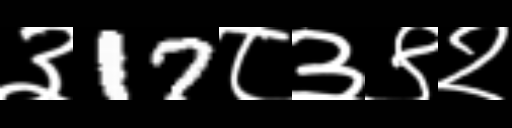
Text: ३17८३९२